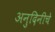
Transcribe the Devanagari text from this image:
अनुदिनीचे